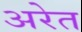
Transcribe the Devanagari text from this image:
अरेत